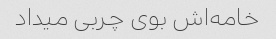
خامه‌اش بوی چربی میداد